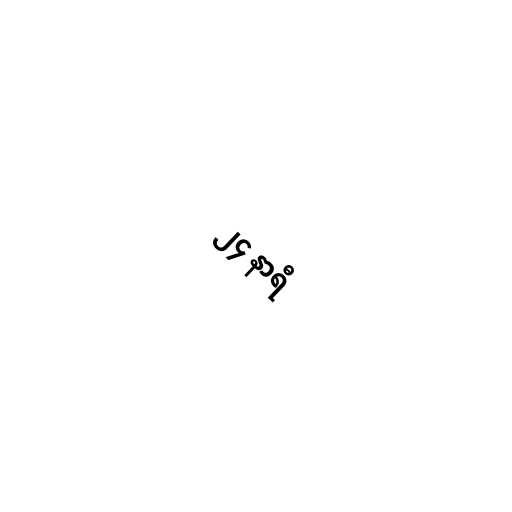
၂၄ နာရီ